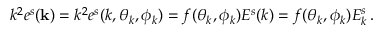
k ^ { 2 } e ^ { s } ( { \bf k } ) = k ^ { 2 } e ^ { s } ( k , \theta _ { k } , \phi _ { k } ) = f ( \theta _ { k } , \phi _ { k } ) E ^ { s } ( k ) = f ( \theta _ { k } , \phi _ { k } ) E _ { k } ^ { s } \, .